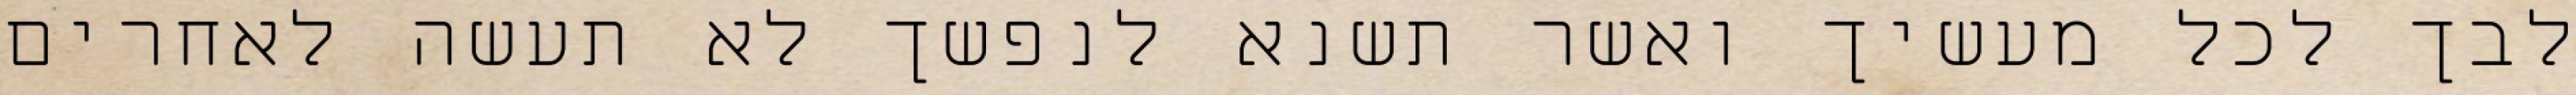
לבך לכל מעשיך ואשר תשנא לנפשך לא תעשה לאחרים